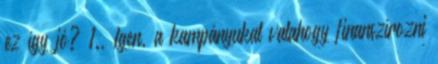
ez így jó? 1., Igen, a kampányukat valahogy finanszírozni